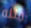
مثله